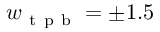
w _ { \mathrm { ~ t ~ p ~ b ~ } } = \pm 1 . 5